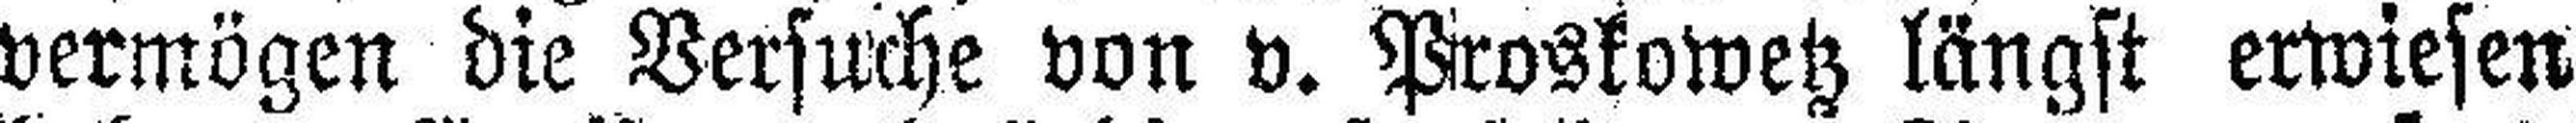
vermögen die Versuche von v. Proskowetz längst erwiesen